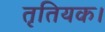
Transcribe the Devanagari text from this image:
तृतियक।